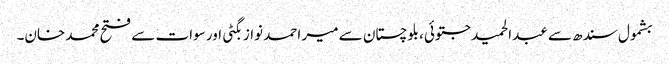
بشمول سندھ سے عبدالحمید جتوئی، بلوچستان سے میر احمد نواز بگٹی اور سوات سے فتح محمد خان۔